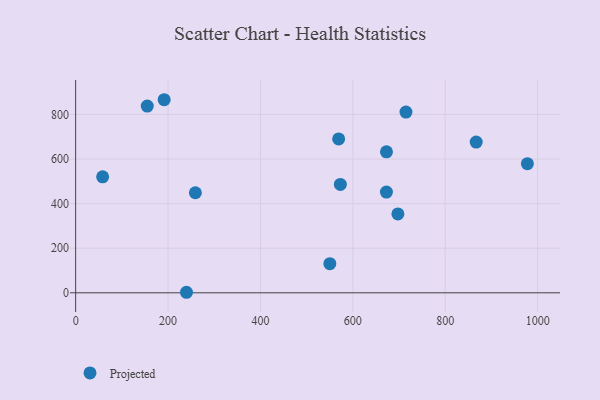
{"axis": {"x": "Investment", "y": "Rating"}, "legend": ["Projected"], "data": [{"x": "569.3", "y": 690.4, "type": "Projected"}, {"x": "672.7", "y": 451.7, "type": "Projected"}, {"x": "58.4", "y": 520.2, "type": "Projected"}, {"x": "239.9", "y": 2.4, "type": "Projected"}, {"x": "977.8", "y": 579.3, "type": "Projected"}, {"x": "697.5", "y": 353.8, "type": "Projected"}, {"x": "867.0", "y": 676.0, "type": "Projected"}, {"x": "715.0", "y": 810.6, "type": "Projected"}, {"x": "573.0", "y": 486.2, "type": "Projected"}, {"x": "191.6", "y": 866.1, "type": "Projected"}, {"x": "672.8", "y": 632.4, "type": "Projected"}, {"x": "550.2", "y": 130.6, "type": "Projected"}, {"x": "155.0", "y": 837.4, "type": "Projected"}, {"x": "259.2", "y": 448.9, "type": "Projected"}]}